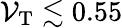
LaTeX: \mathcal{V}_{\mathrm{{T}}}\lesssim0.55